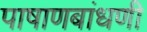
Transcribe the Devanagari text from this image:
पाषाणबांधणी